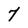
Character: 7